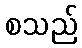
စသည်